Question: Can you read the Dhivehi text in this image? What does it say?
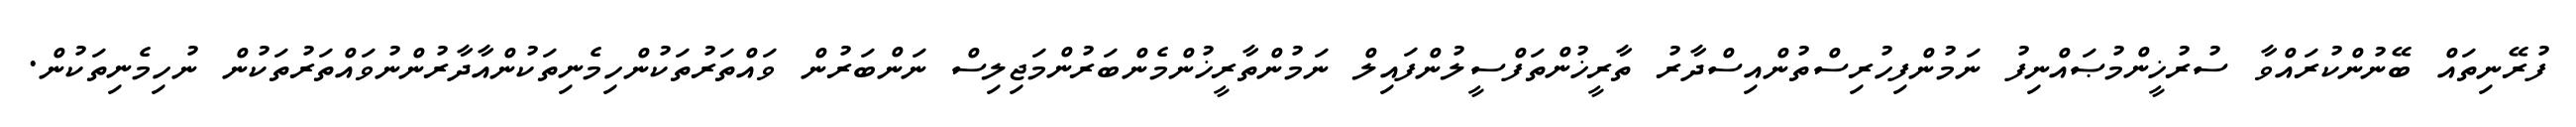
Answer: ފުރޭނިތައް ބޭނުންކުރައްވާ ސުރުޚީންމުޞައްނިފު ނަމުންފިހުރިސްތުންއިސްދާރު ތާރީޚުންތަފްސީލުންފައިލް ނަމުންތާރީޚުންމެންބަރުންމަޖިލިސް ނަންބަރުން ވައްތަރުތަކުންހިމެނިތަކުންއާދާރުންނުވައްތަރުތަކުން ނުހިމެނިތަކުން.